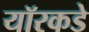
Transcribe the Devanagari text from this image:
यॉरकडे